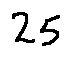
2 5